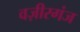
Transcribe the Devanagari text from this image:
वज़ीरगंज